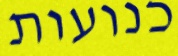
כנועות